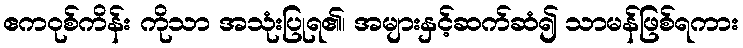
ဧကဝုစ်ကိန်း ကိုသာ အသုံးပြုရ၏၊ အများနှင့်ဆက်ဆံ၍ သာမန်ဖြစ်ရကား